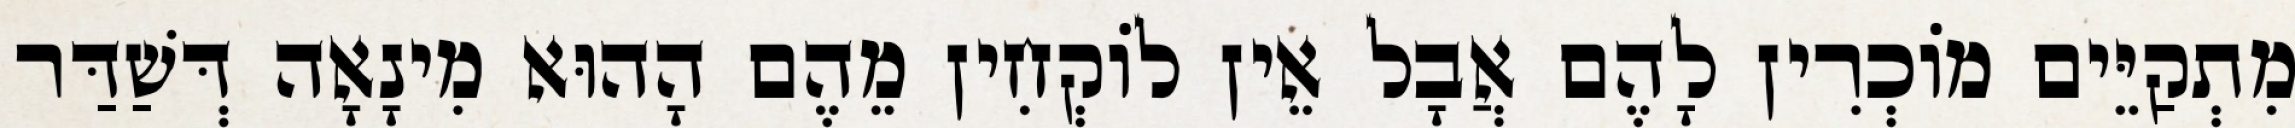
מִתְקַיֵּים מוֹכְרִין לָהֶם אֲבָל אֵין לוֹקְחִין מֵהֶם הָהוּא מִינָאָה דְּשַׁדַּר